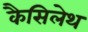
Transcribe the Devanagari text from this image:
कैसिलेथ